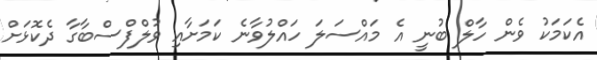
އެކަމަކު ވެން ހާލް ބުނީ އެ މައްސަލަ ހައްލުވާނެ ކަމަށާއި ވުލްފްސްބާގާ ދެކޮޅަށް